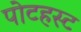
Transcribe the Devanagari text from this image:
पोटहस्ट